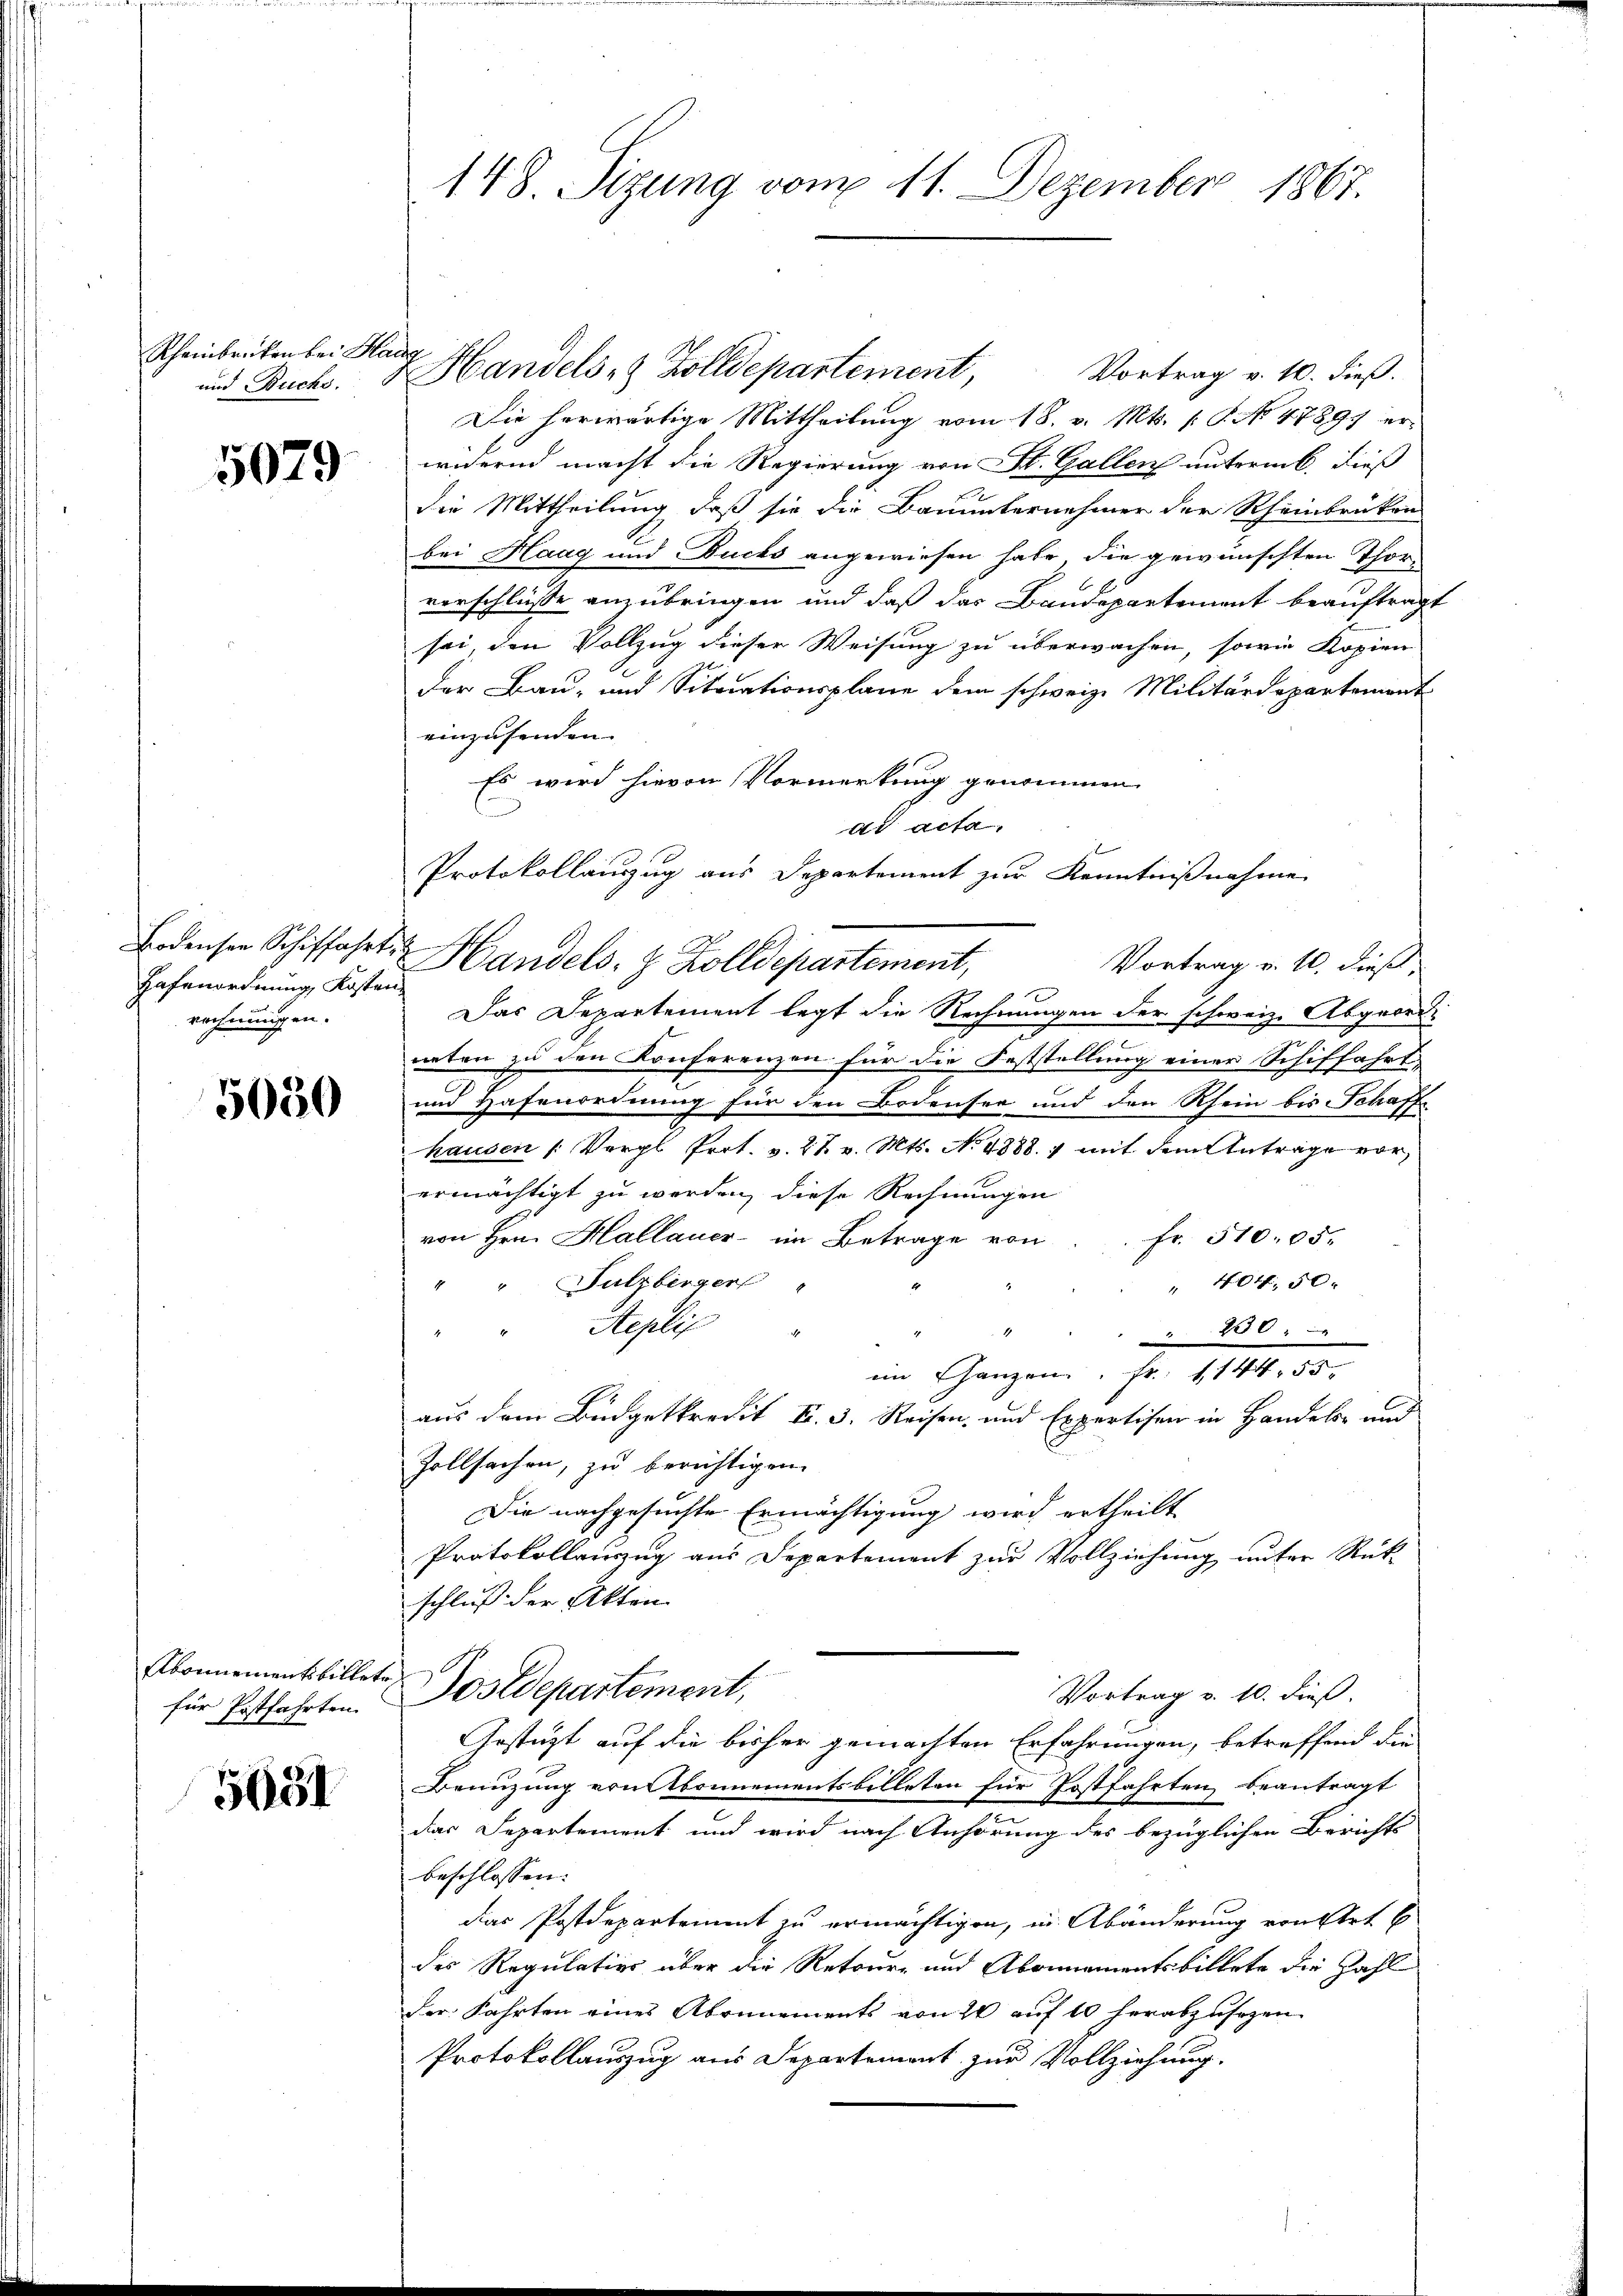
Scheinbrücken bei Haug
und Buchs.

Hafenordnung Kosten
rechnungen.

5030

für Postfahrten.

5651

148. Sizung vom 11. Dezember 1867.

Handels- & Zolldepartement,
Vortrag v. 10. dieß.
Die herwärtige Mittheilung vom 18. v. Mts. S. No 47891 er-
 widernd macht die Regierung von St. Gallen unterab. Dieß
die Mittheilung, daß sie die Bauunternehmer der Rheinbrücken
bei Haag und Buchs angewiesen habe, die gewünschten Thor-
verschlüsse anzubringen und daß das Bandepartement beauftragt
sei, den Vollzug dieser Weisung zu überwachen, sowie Kopien
der Bau- und Situationsplane dem schweiz. Militärdepartement
einzusenden.
Es wird hievon Vormerkung genommen.
dr acta
Protokollauszug aus Departement zur Kenntnißnahme
Vortrag v. 10. dieß,
Das Departement legt die Rechnungen der schweiz. Abgeorde
naten zu den Konferenzen für die Feststellung einer Schiffahrt¬
und Hafenordnung für den Bodensee und den Rhein bis Schaff-
hausen /: Vergl. Prot. v. 27. v. Mts. No 4888. ) mit dem Antrage vor,
ermächtigt zu werden, diese Rechnungen
von Hrn. Hallauer im Betrage von Fr. 510. 65.
" 404. 50.
" " Sulzberger
Seplif

" " 230.
im Ganzen. Fr. 11455
aus dem Büdgetkredit Fr. 3. Reisen, und Expertisen in Handels- und
Zollsachen, zu berichtigen.
Die nachgesuchte Ermächtigung wird ertheilt
Protokollauszug aus Separtement zur Vollziehung unter Rück-
schluß der Akten.
Abonnement billete Postdepartement,
Vortrag v. 10. dieß.
Gestüzt auf die bisher gemachten Erfahrungen, betreffend die
Benuzung von bonnementsbilleten für Postfahrten beantragt
.
das Separtement und wird nach Anhörung des bezüglichen Bericht
beschlossen:
das Postdepartement zu ermächtigen, in Abänderung von Art E
des Regulation über die Retour- und Abonnementsbillete die Zahl-
der Fahrten eines Abrunnements von 20 auf 10 herabzusehen
Protokollauszug aus Separtement zur Vollziehung.

Bodenser Schiffahrte Handels, z. Zolldepartement,